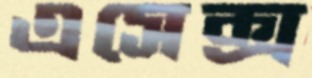
এসেক্স